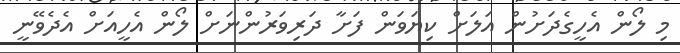
މި ލޯން އެހީގެދަށުން އަލަށް ކިޔަވަން ފަށާ ދަރިވަރުންނަށް ލޯން އެހީއަށް އެދެވޭނީ